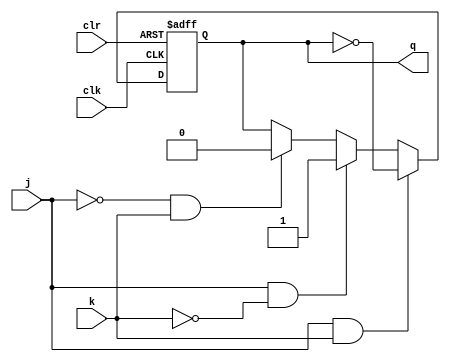
module jk_latch(
    input wire clk,
    input wire j,
    input wire k,
    input wire clr,
    output reg q
);

always @(posedge clk or posedge clr) begin
    if (clr) begin
        q <= 1'b0;
    end else begin
        if (j & k) begin
            q <= ~q;
        end else if (j & ~k) begin
            q <= 1'b1;
        end else if (~j & k) begin
            q <= 1'b0;
        end
    end
end

endmodule